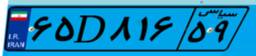
۶۵D۸۱۶۵۹